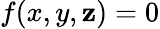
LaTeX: f(x,y,\mathbf{z})=0